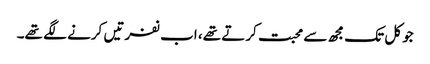
جو کل تک مجھ سے محبت کرتے تھے، اب نفرتیں کرنے لگے تھے۔